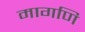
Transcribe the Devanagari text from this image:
मागणि